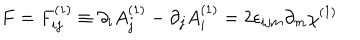
LaTeX: F = F _ { i j } ^ { ( 1 ) } \equiv \partial _ { i } A _ { j } ^ { ( 1 ) } - \partial _ { j } A _ { i } ^ { ( 1 ) } = 2 \epsilon _ { i j m } \partial _ { m } \chi ^ { ( 1 ) }